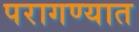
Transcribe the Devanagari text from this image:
परागण्यात